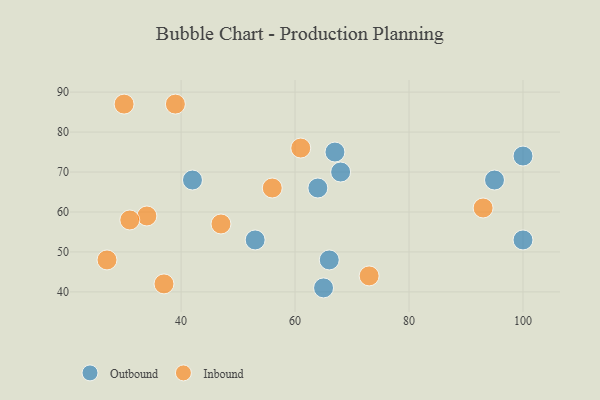
{"axis": {"x": "GDP", "y": "Life Expectancy"}, "legend": ["Inbound", "Outbound"], "data": [{"x": "95", "y": 68, "type": "Outbound"}, {"x": "53", "y": 53, "type": "Outbound"}, {"x": "67", "y": 75, "type": "Outbound"}, {"x": "100", "y": 74, "type": "Outbound"}, {"x": "68", "y": 70, "type": "Outbound"}, {"x": "65", "y": 41, "type": "Outbound"}, {"x": "64", "y": 66, "type": "Outbound"}, {"x": "66", "y": 48, "type": "Outbound"}, {"x": "100", "y": 53, "type": "Outbound"}, {"x": "42", "y": 68, "type": "Outbound"}, {"x": "34", "y": 59, "type": "Inbound"}, {"x": "56", "y": 66, "type": "Inbound"}, {"x": "37", "y": 42, "type": "Inbound"}, {"x": "73", "y": 44, "type": "Inbound"}, {"x": "31", "y": 58, "type": "Inbound"}, {"x": "93", "y": 61, "type": "Inbound"}, {"x": "30", "y": 87, "type": "Inbound"}, {"x": "39", "y": 87, "type": "Inbound"}, {"x": "27", "y": 48, "type": "Inbound"}, {"x": "47", "y": 57, "type": "Inbound"}, {"x": "61", "y": 76, "type": "Inbound"}]}